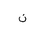
Letter: _non